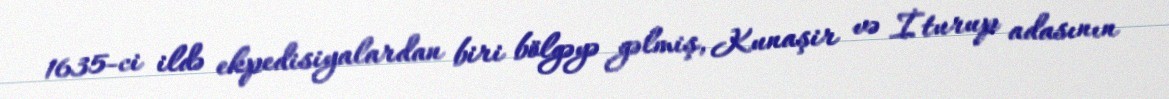
1635-ci ildə ekpedisiyalardan biri bölgəyə gəlmiş, Kunaşir və İturup adasının